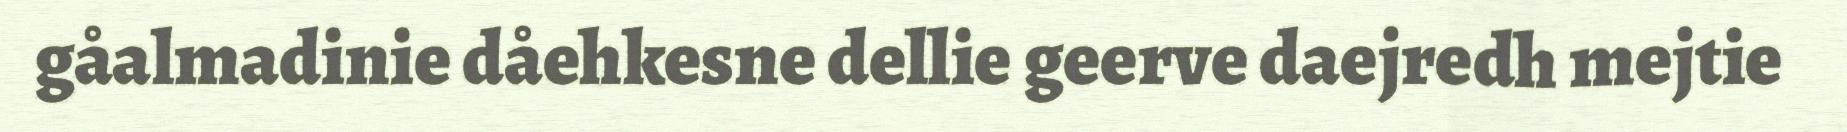
gåalmadinie dåehkesne dellie geerve daejredh mejtie